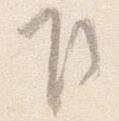
乍